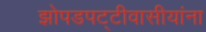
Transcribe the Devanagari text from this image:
झोपडपट्टीवासीयांना